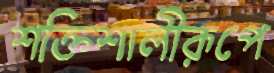
শক্তিশালীরূপে